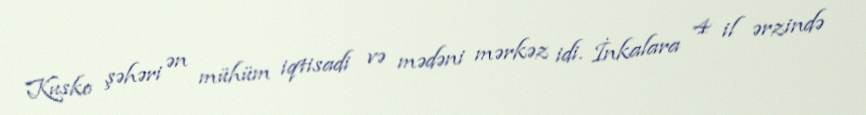
Kusko şəhəri ən mühüm iqtisadi və mədəni mərkəz idi. İnkalara 4 il ərzində